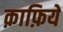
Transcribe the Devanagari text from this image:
क़ाफ़िये